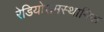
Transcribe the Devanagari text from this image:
रेडियोसमस्थानिक